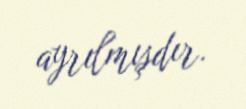
ayrılmışdır.